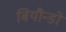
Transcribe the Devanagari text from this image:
बियौन्डो